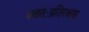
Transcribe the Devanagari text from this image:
स्वतःप्रतिरक्षक